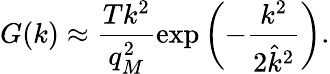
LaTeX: G(k)\approx\frac{Tk^{2}}{q_{M}^{2}}\exp\left(-\frac{k^{2}}{2\hat{k}^{2}}\right).